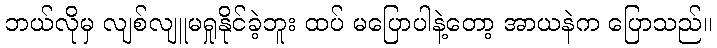
ဘယ်လိုမှ လျစ်လျူမရှုနိုင်ခဲ့ဘူး ထပ် မပြောပါနဲ့တော့ အာယနဲက ပြောသည်။